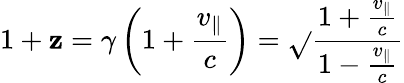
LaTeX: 1+\mathbf{z}=\gamma\left(1+{\frac{{v_{\parallel}}}{{c}}}\right)={\sqrt{}{{\frac{{1+{\frac{{v_{\parallel}}}{{c}}}}}{{1-{\frac{{v_{\parallel}}}{{c}}}}}}}}